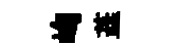
峋蕋